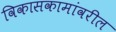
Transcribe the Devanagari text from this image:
विकासकामांवरील